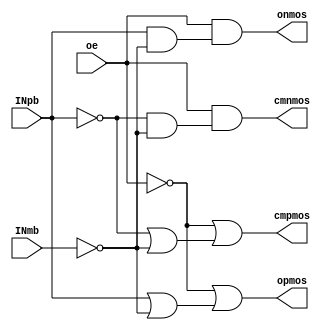
// SPDX-FileCopyrightText: 2022 Ryan M Price
//
// Licensed under the Apache License, Version 2.0 (the "License");
// you may not use this file except in compliance with the License.
// You may obtain a copy of the License at
//
//      http://www.apache.org/licenses/LICENSE-2.0
//
// Unless required by applicable law or agreed to in writing, software
// distributed under the License is distributed on an "AS IS" BASIS,
// WITHOUT WARRANTIES OR CONDITIONS OF ANY KIND, either express or implied.
// See the License for the specific language governing permissions and
// limitations under the License.
// SPDX-License-Identifier: Apache-2.0

module DIGOTA ( 
  input INpb
, input INmb
, input oe

, output wire opmos
, output wire onmos
, output wire cmpmos
, output wire cmnmos
);

  wire INp      = ~INpb;
  wire INm      = ~INmb;
  
  assign cmpmos = ~oe | (( INp) | INm);
  assign cmnmos =  oe & (( INp) & INm);
  
  assign opmos  = ~oe | ((~INp) | INm);
  assign onmos  =  oe & ((~INp) & INm);
  
endmodule